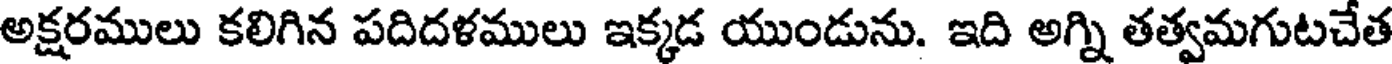
అక్షరములు కలిగిన పదిదళములు ఇక్కడ యుండును. ఇది అగ్ని తత్వమగుటచేత